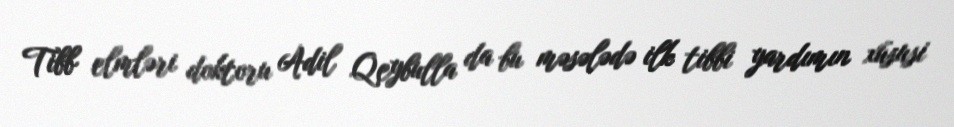
Tibb elmləri doktoru Adil Qeybulla da bu məsələdə ilk tibbi yardımın xüsusi